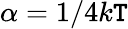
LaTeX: \alpha=1/4k\mathtt{T}